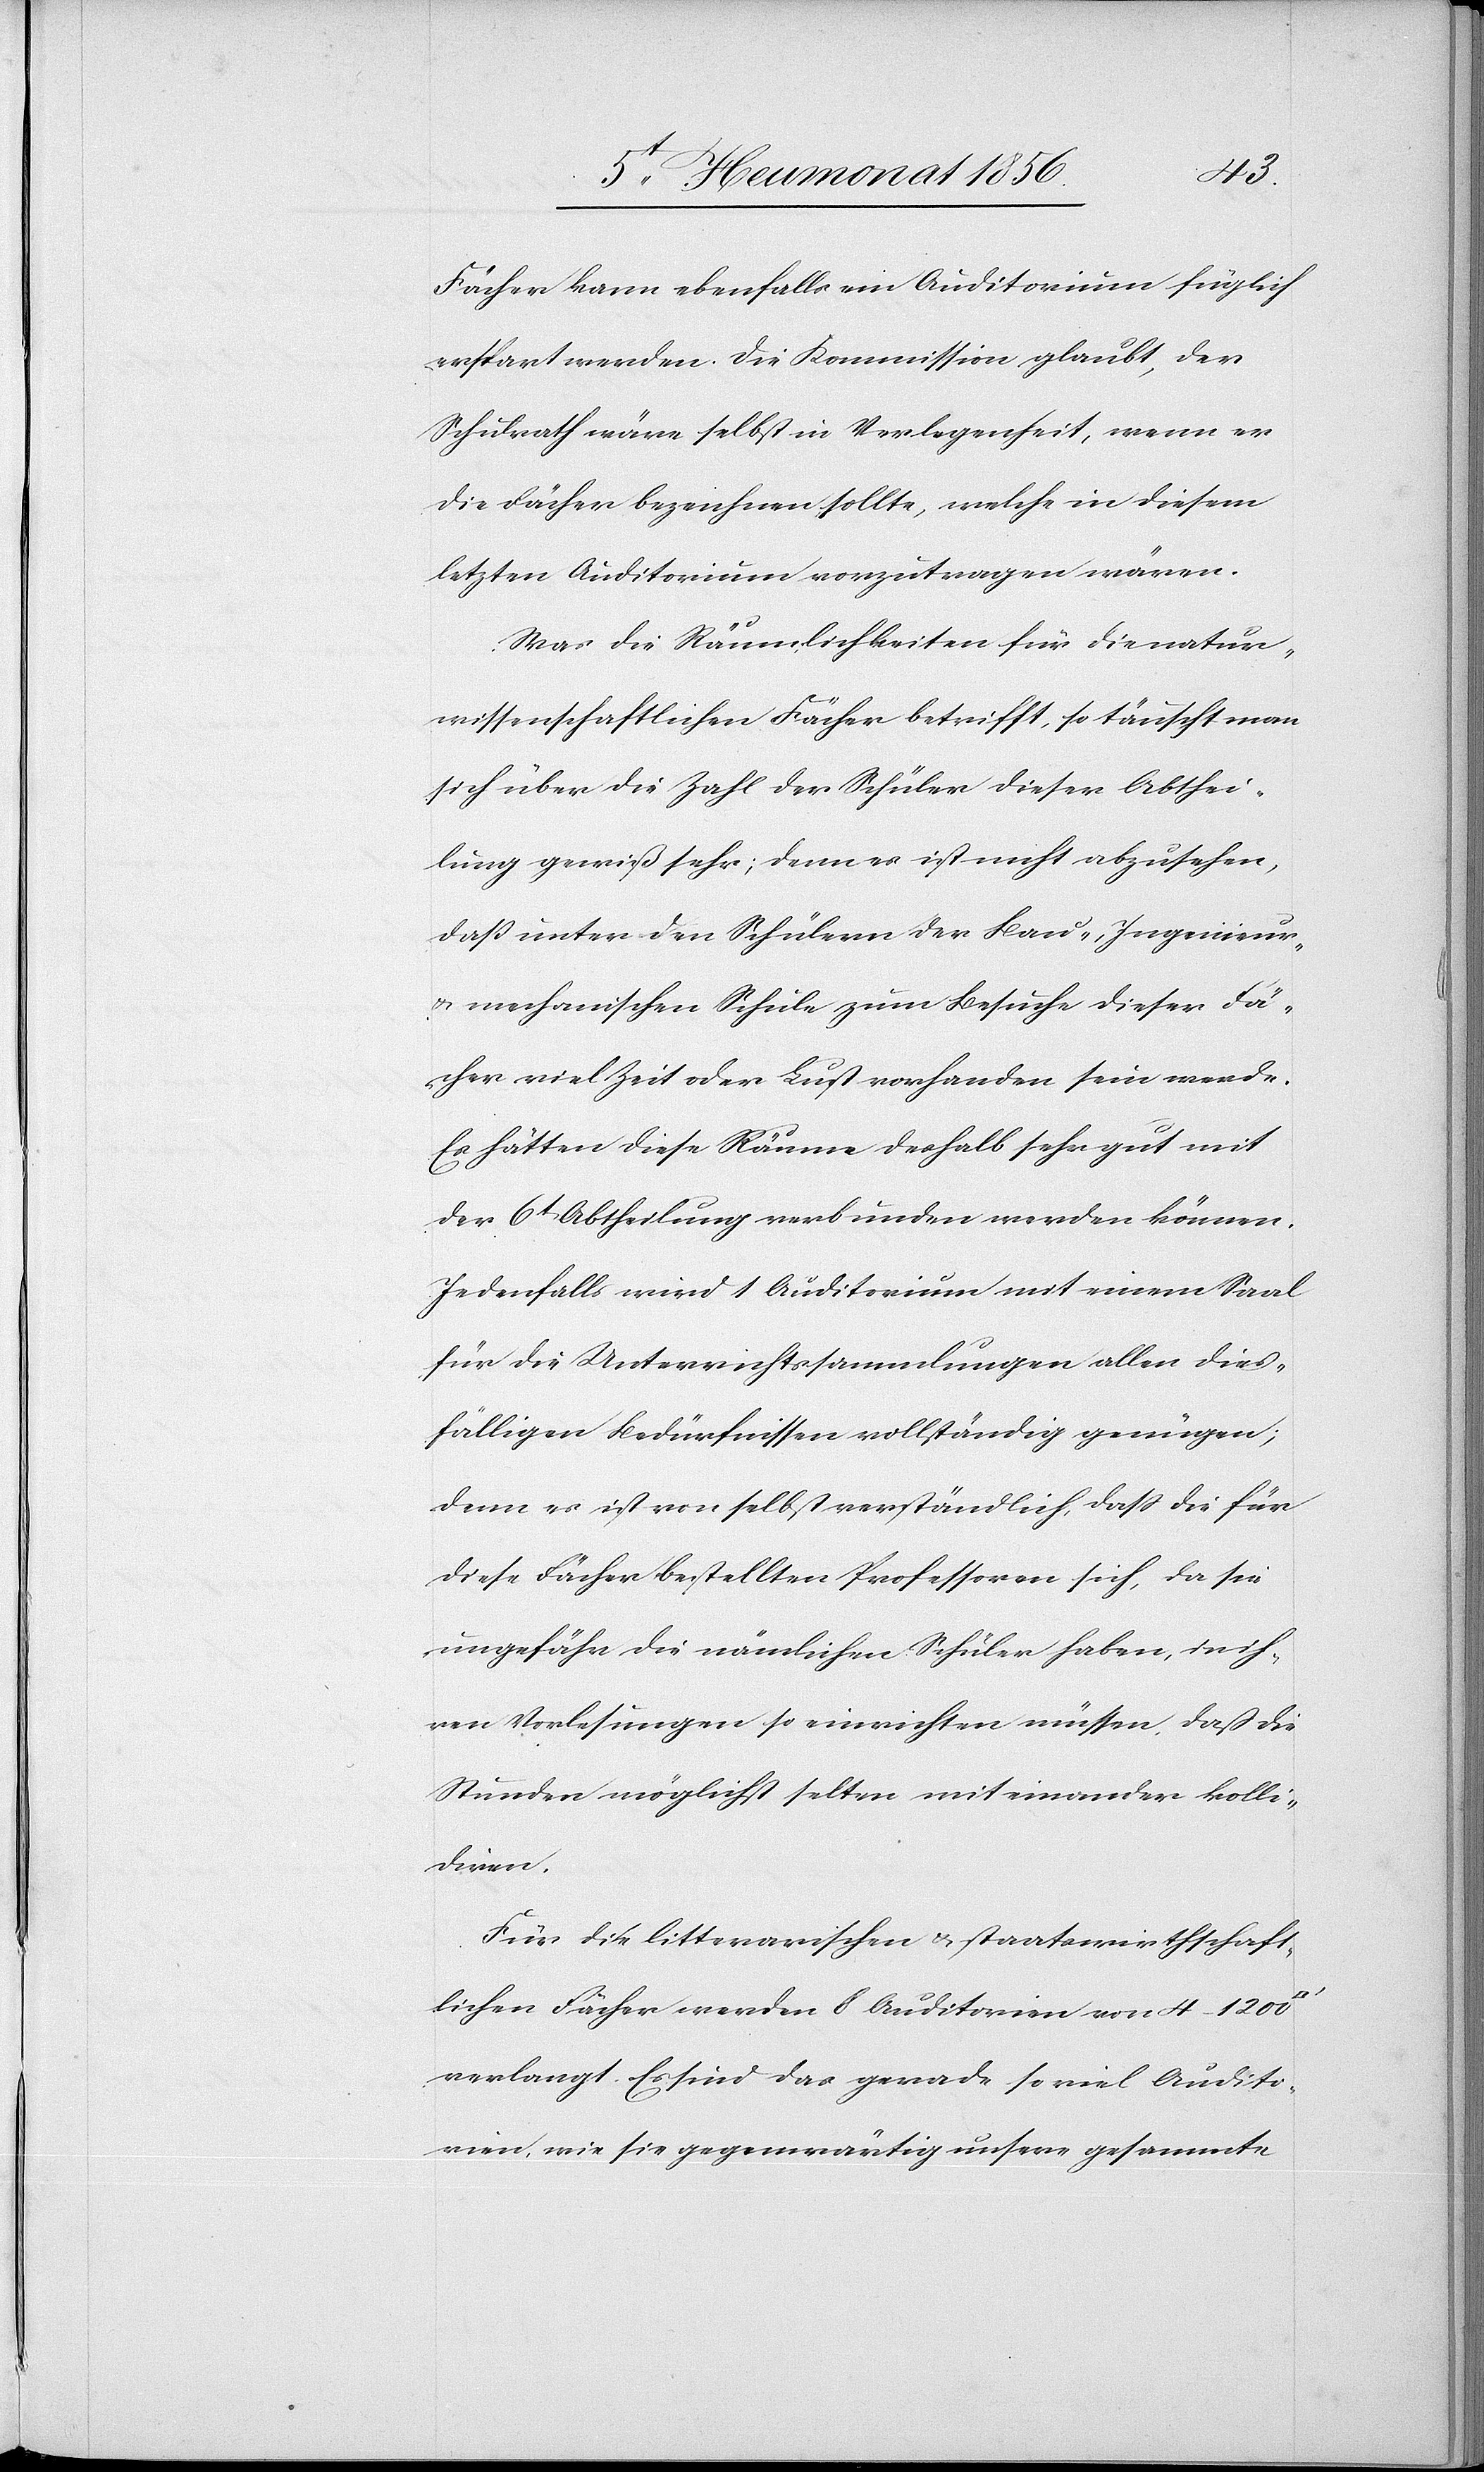
Fächer kann ebenfalls ein Auditorium füglich
erspart werden. Die Kommission glaubt, der
Schulrath wäre selbst in Verlegenheit, wenn er
die Fächer bezeichnen sollte, welche in diesem
letzten Auditorium vorzutragen wären.
Was die Räumlichkeiten für die natur¬
wissenschaftlichen Fächer betrifft, so täuscht man
sich über die Zahl der Schüler dieser Abthei¬
lung gewiß sehr; denn es ist nicht abzusehen,
dass unter den Schülern der Bau-, Ingenieur-
u. mechanischen Schule zum Besuche dieser Fä¬
cher viel Zeit oder Lust vorhanden sein werde.
Es hätten diese Räume deshalb sehr gut mit
der 6t Abtheilung verbunden werden können.
Jedenfalls wird 1 Auditorium mit einem Saal
für die Unterrichtssammlungen allen dies¬
fälligen Bedürfnissen vollständig genügen;
denn es ist von selbst verständlich, dass die für
diese Fächer bestellten Professoren sich, da sie
ungefähr die nämlichen Schüler haben, in ih¬
ren Vorlesungen so einrichten müssen, daß die
Stunden möglichst selten miteinander kolli¬
diren.
Für die litterarischen & staatswirthschaft¬
lichen Fächer werden 8 Auditorien von 4–1200
verlangt. Es sind das gerade so viel Audito¬
rien, wie sie gegenwärtig unsere gesammte